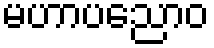
မဟာပညောဝ